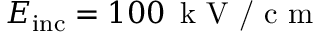
E _ { \mathrm { i n c } } = 1 0 0 \, \textrm { k V / c m }